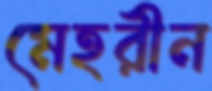
মেহরীন